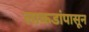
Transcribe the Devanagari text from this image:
लाकडांपासून